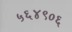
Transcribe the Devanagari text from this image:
५६४९०६